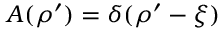
A ( \boldsymbol { \rho } ^ { \prime } ) = \delta ( \boldsymbol { \rho } ^ { \prime } - \boldsymbol { \xi } )